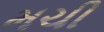
મચી